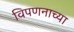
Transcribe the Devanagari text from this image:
विपणनाच्या